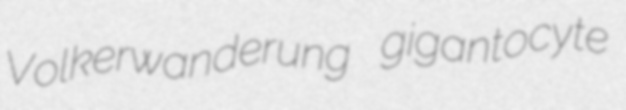
Volkerwanderung gigantocyte